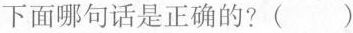
下面哪句话是正确的? ( )